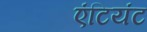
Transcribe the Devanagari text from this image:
एंटियंट